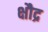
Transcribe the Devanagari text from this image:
क्षौद्र